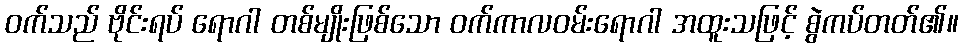
ဝက်သည် ဗိုင်းရပ် ရောဂါ တစ်မျိုးဖြစ်သော ဝက်ကာလဝမ်းရောဂါ အထူးသဖြင့် စွဲကပ်တတ်၏။